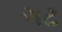
ગટ